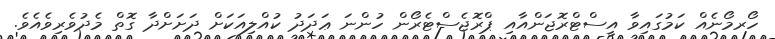
ހޯރމޯނެއް ކަމުގައިވާ އީސްޓްރޮޖަންއާއި ޕްރޮޖެސްޓެރޯން ހުންނަ ޢަދަދު ކުއްލިއަކަށް ދަށަށްދާ ގޮތް މެދުވެރިވެއެވެ.